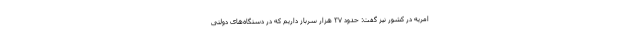
امریه در کشور نیز گفت: حدود ۳۷ هزار سرباز داریم که در دستگاه‌های دولتی